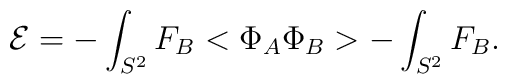
{\cal E}=-\int_{S^2}F_B<\Phi _A\Phi _B>-\int_{S^2}F_B.